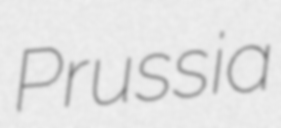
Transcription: Prussia